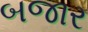
બજાર